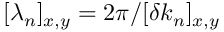
[ \lambda _ { n } ] _ { x , y } = 2 \pi / [ \delta k _ { n } ] _ { x , y }